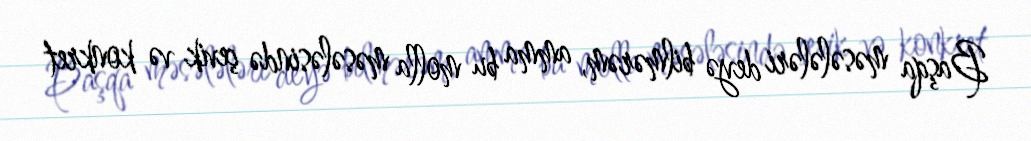
Başqa məsələləri deyə bilmərəm, amma bu molla məsələsində çevik və konkret